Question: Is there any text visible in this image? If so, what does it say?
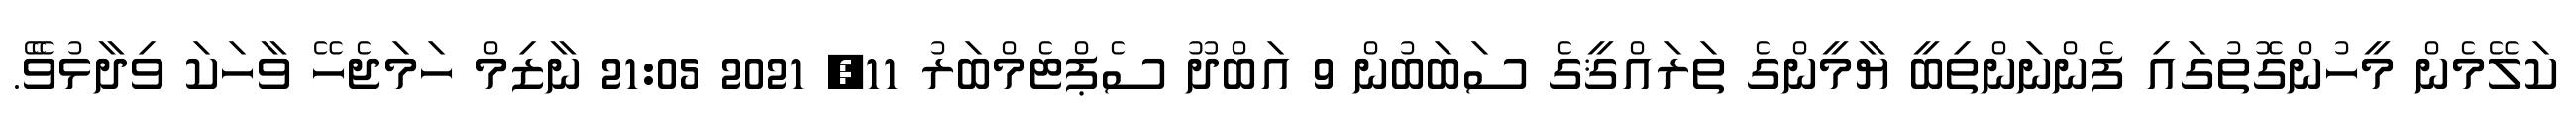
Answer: ކަލޭމެން މީހުންގޮތުގައި ފެންނަންތިބީ ޔާމީންގެ ތަރައްޤީގެ ސަބަބުން 9 އަބްދޫ ސެޕްޓެމްބަރު 11, 2021 21:05 ނާޒިމް ހަމަޖެހޭ ވާހަކަ ވިދާޅުވެޭ.